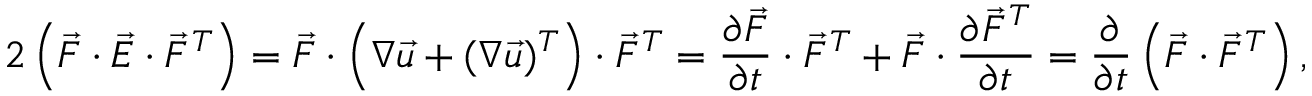
2 \left( \vec { F } \cdot \vec { E } \cdot \vec { F } ^ { T } \right) = \vec { F } \cdot \left( \boldsymbol { \nabla } \vec { u } + ( \boldsymbol { \nabla } \vec { u } ) ^ { T } \right) \cdot \vec { F } ^ { T } = \frac { \partial \vec { F } } { \partial t } \cdot \vec { F } ^ { T } + \vec { F } \cdot \frac { \partial \vec { F } ^ { T } } { \partial t } = \frac { \partial } { \partial t } \left( \vec { F } \cdot \vec { F } ^ { T } \right) ,